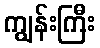
ကျွန်းကြီး